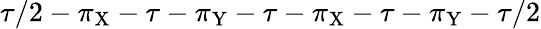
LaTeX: \tau/2-\pi_{\mathrm{X}}-\tau-\pi_{\mathrm{Y}}-\tau-\pi_{\mathrm{X}}-\tau-\pi_{\mathrm{Y}}-\tau/2